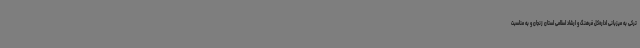
ترکی به میزبانی اداره‌کل فرهنگ و ارشاد اسلامی استان زنجان و به مناسبت